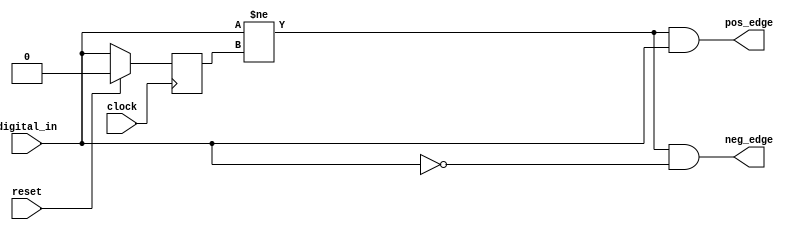
module edge_detect (
    input wire digital_in,
    input wire clock,
    input wire reset,

    output reg pos_edge,
    output reg neg_edge
);
    reg previous_in;

    always @(posedge clock) begin
        if (reset) begin
            previous_in <= 0;
        end else begin
            previous_in <= digital_in;
        end
    end

    always @(*) begin
        pos_edge = (digital_in != previous_in) & digital_in;
        neg_edge = (digital_in != previous_in) & ~digital_in;
    end
endmodule